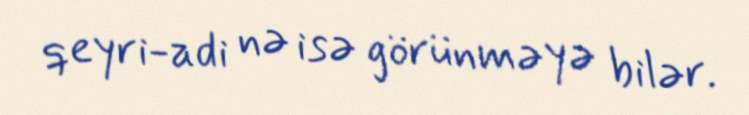
qeyri-adi nə isə görünməyə bilər.